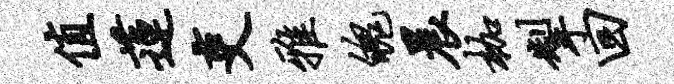
值莲吏雅魄晨枷掣回